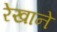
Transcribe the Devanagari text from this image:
रेखाने